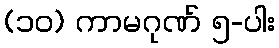
(၁၀) ကာမဂုဏ် ၅-ပါး